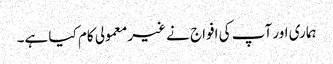
ہماری اور آپ کی افواج نے غیرمعمولی کام کیا ہے۔